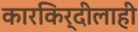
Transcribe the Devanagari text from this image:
कारकिर्दीलाही